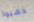
ذهبوا